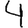
Digit: 4